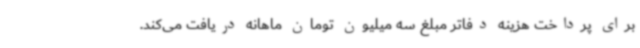
برای پرداخت هزینه دفاتر مبلغ سه میلیون تومان ماهانه دریافت می‌کند.